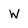
Character: W